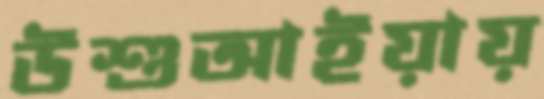
উশুআইয়ায়